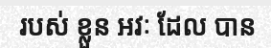
របស់ ខ្លួន អវៈ ដែល បាន